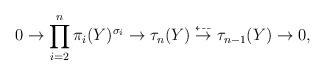
LaTeX: \begin{align*}0\to \prod_{i=2}^n \pi_i(Y)^{\sigma_i} \to \tau_n(Y) \stackrel{\dashleftarrow}{\to} \tau_{n-1}(Y) \to 0,\end{align*}